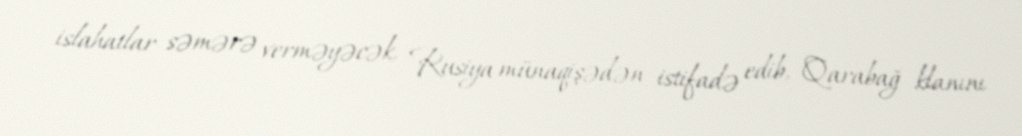
islahatlar səmərə verməyəcək, Rusiya münaqişədən istifadə edib, Qarabağ klanını